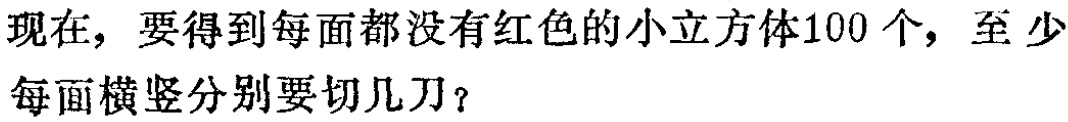
现在，要得到每面都没有红色的小立方体100个，至少每面横竖分别要切几刀？